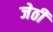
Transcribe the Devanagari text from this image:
जेठी